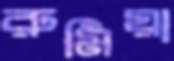
রুমিয়া